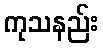
ကုသနည်း